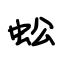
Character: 蚣